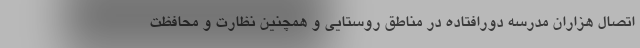
اتصال هزاران مدرسه دورافتاده در مناطق روستایی و همچنین نظارت و محافظت